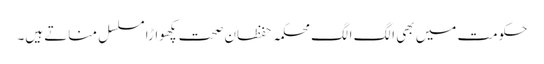
حکومت میں بھی الگ الگ محکمہ حفظان صحت پکھواڑا مسلسل مناتے ہیں۔